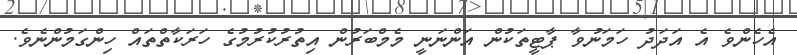
އެހެންވެ އެ އަދަދު ހަމަނުވާ ޕާޓީތަކުން އަންނަނީ މެމްބަރުން އިތުރުކުރުމުގެ ހަރަކާތްތައް ހިންގަމުންނެވެ.